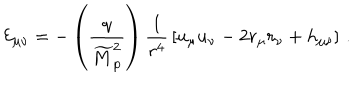
LaTeX: { \cal E } _ { \mu \nu } = - \left( { \frac { q } { \widetilde { M } _ { \mathrm { p } } ^ { 2 } } } \right) { \frac { 1 } { r ^ { 4 } } } \left[ u _ { \mu } u _ { \nu } - 2 r _ { \mu } r _ { \nu } + h _ { \mu \nu } \right] \, .